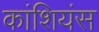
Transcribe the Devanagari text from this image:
कांशियंस